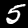
Digit: 5